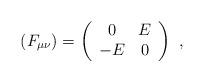
LaTeX: \begin{align*}(F_{\mu\nu})=\left(\begin{array}{cc}0&E\\-E&0\end{array}\right)\ ,\end{align*}